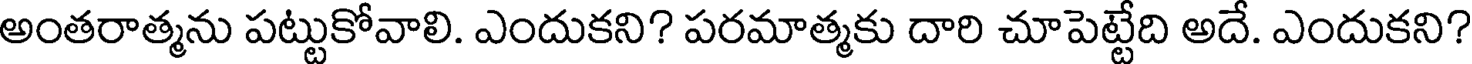
అంతరాత్మను పట్టుకోవాలి. ఎందుకని? పరమాత్మకు దారి చూపెట్టేది అదే. ఎందుకని?